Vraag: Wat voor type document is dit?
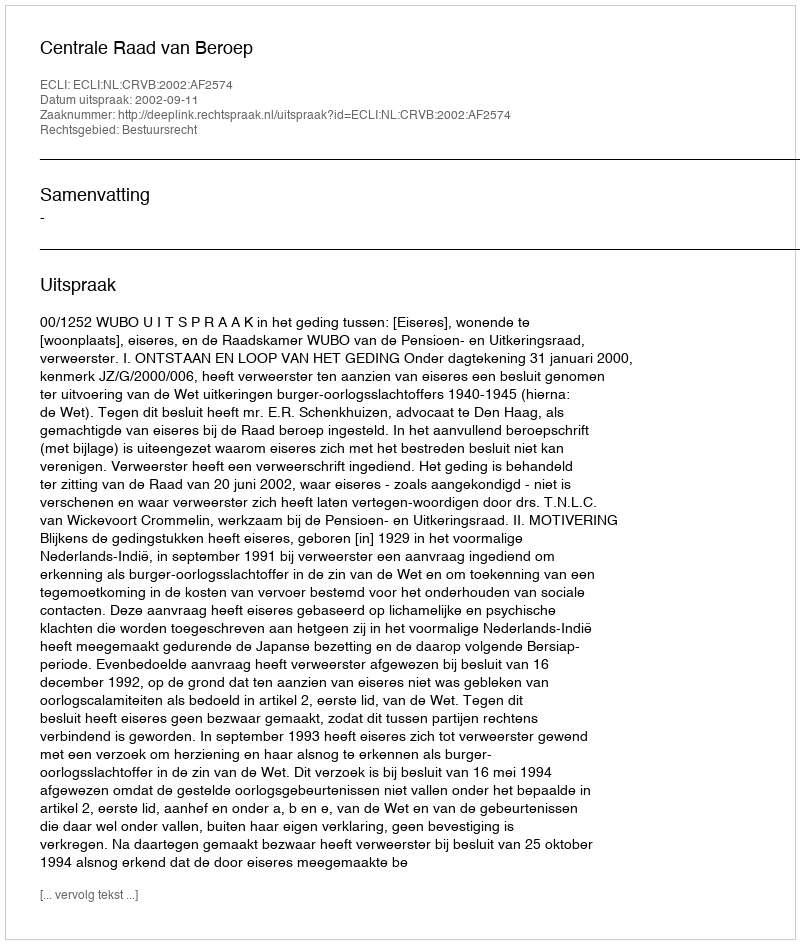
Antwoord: Uitspraak